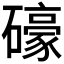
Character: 𱴽